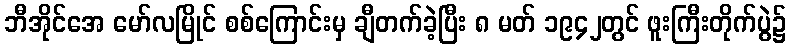
ဘီအိုင်အေ မော်လမြိုင် စစ်ကြောင်းမှ ချီတက်ခဲ့ပြီး ၈ မတ် ၁၉၄၂တွင် ဖူးကြီးတိုက်ပွဲ၌